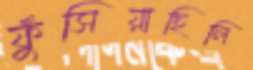
ফুঁসিয়াছিলি